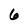
Character: 6